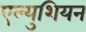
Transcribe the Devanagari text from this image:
एल्युशियन